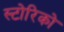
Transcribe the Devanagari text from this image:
स्टोरिको